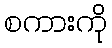
စကားကို